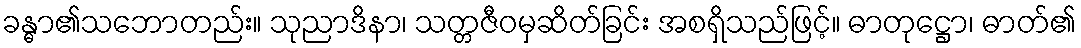
ခန္ဓာ၏သဘောတည်း။ သုညာဒိနာ၊ သတ္တဇီဝမှဆိတ်ခြင်း အစရှိသည်ဖြင့်။ ဓာတုဋ္ဌော၊ ဓာတ်၏